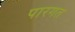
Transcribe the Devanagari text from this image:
पारगत